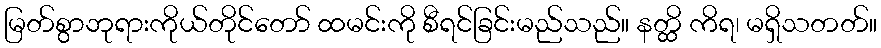
မြတ်စွာဘုရားကိုယ်တိုင်တော် ထမင်းကို စီရင်ခြင်းမည်သည်။ နတ္ထိ ကိရ၊ မရှိသတတ်။